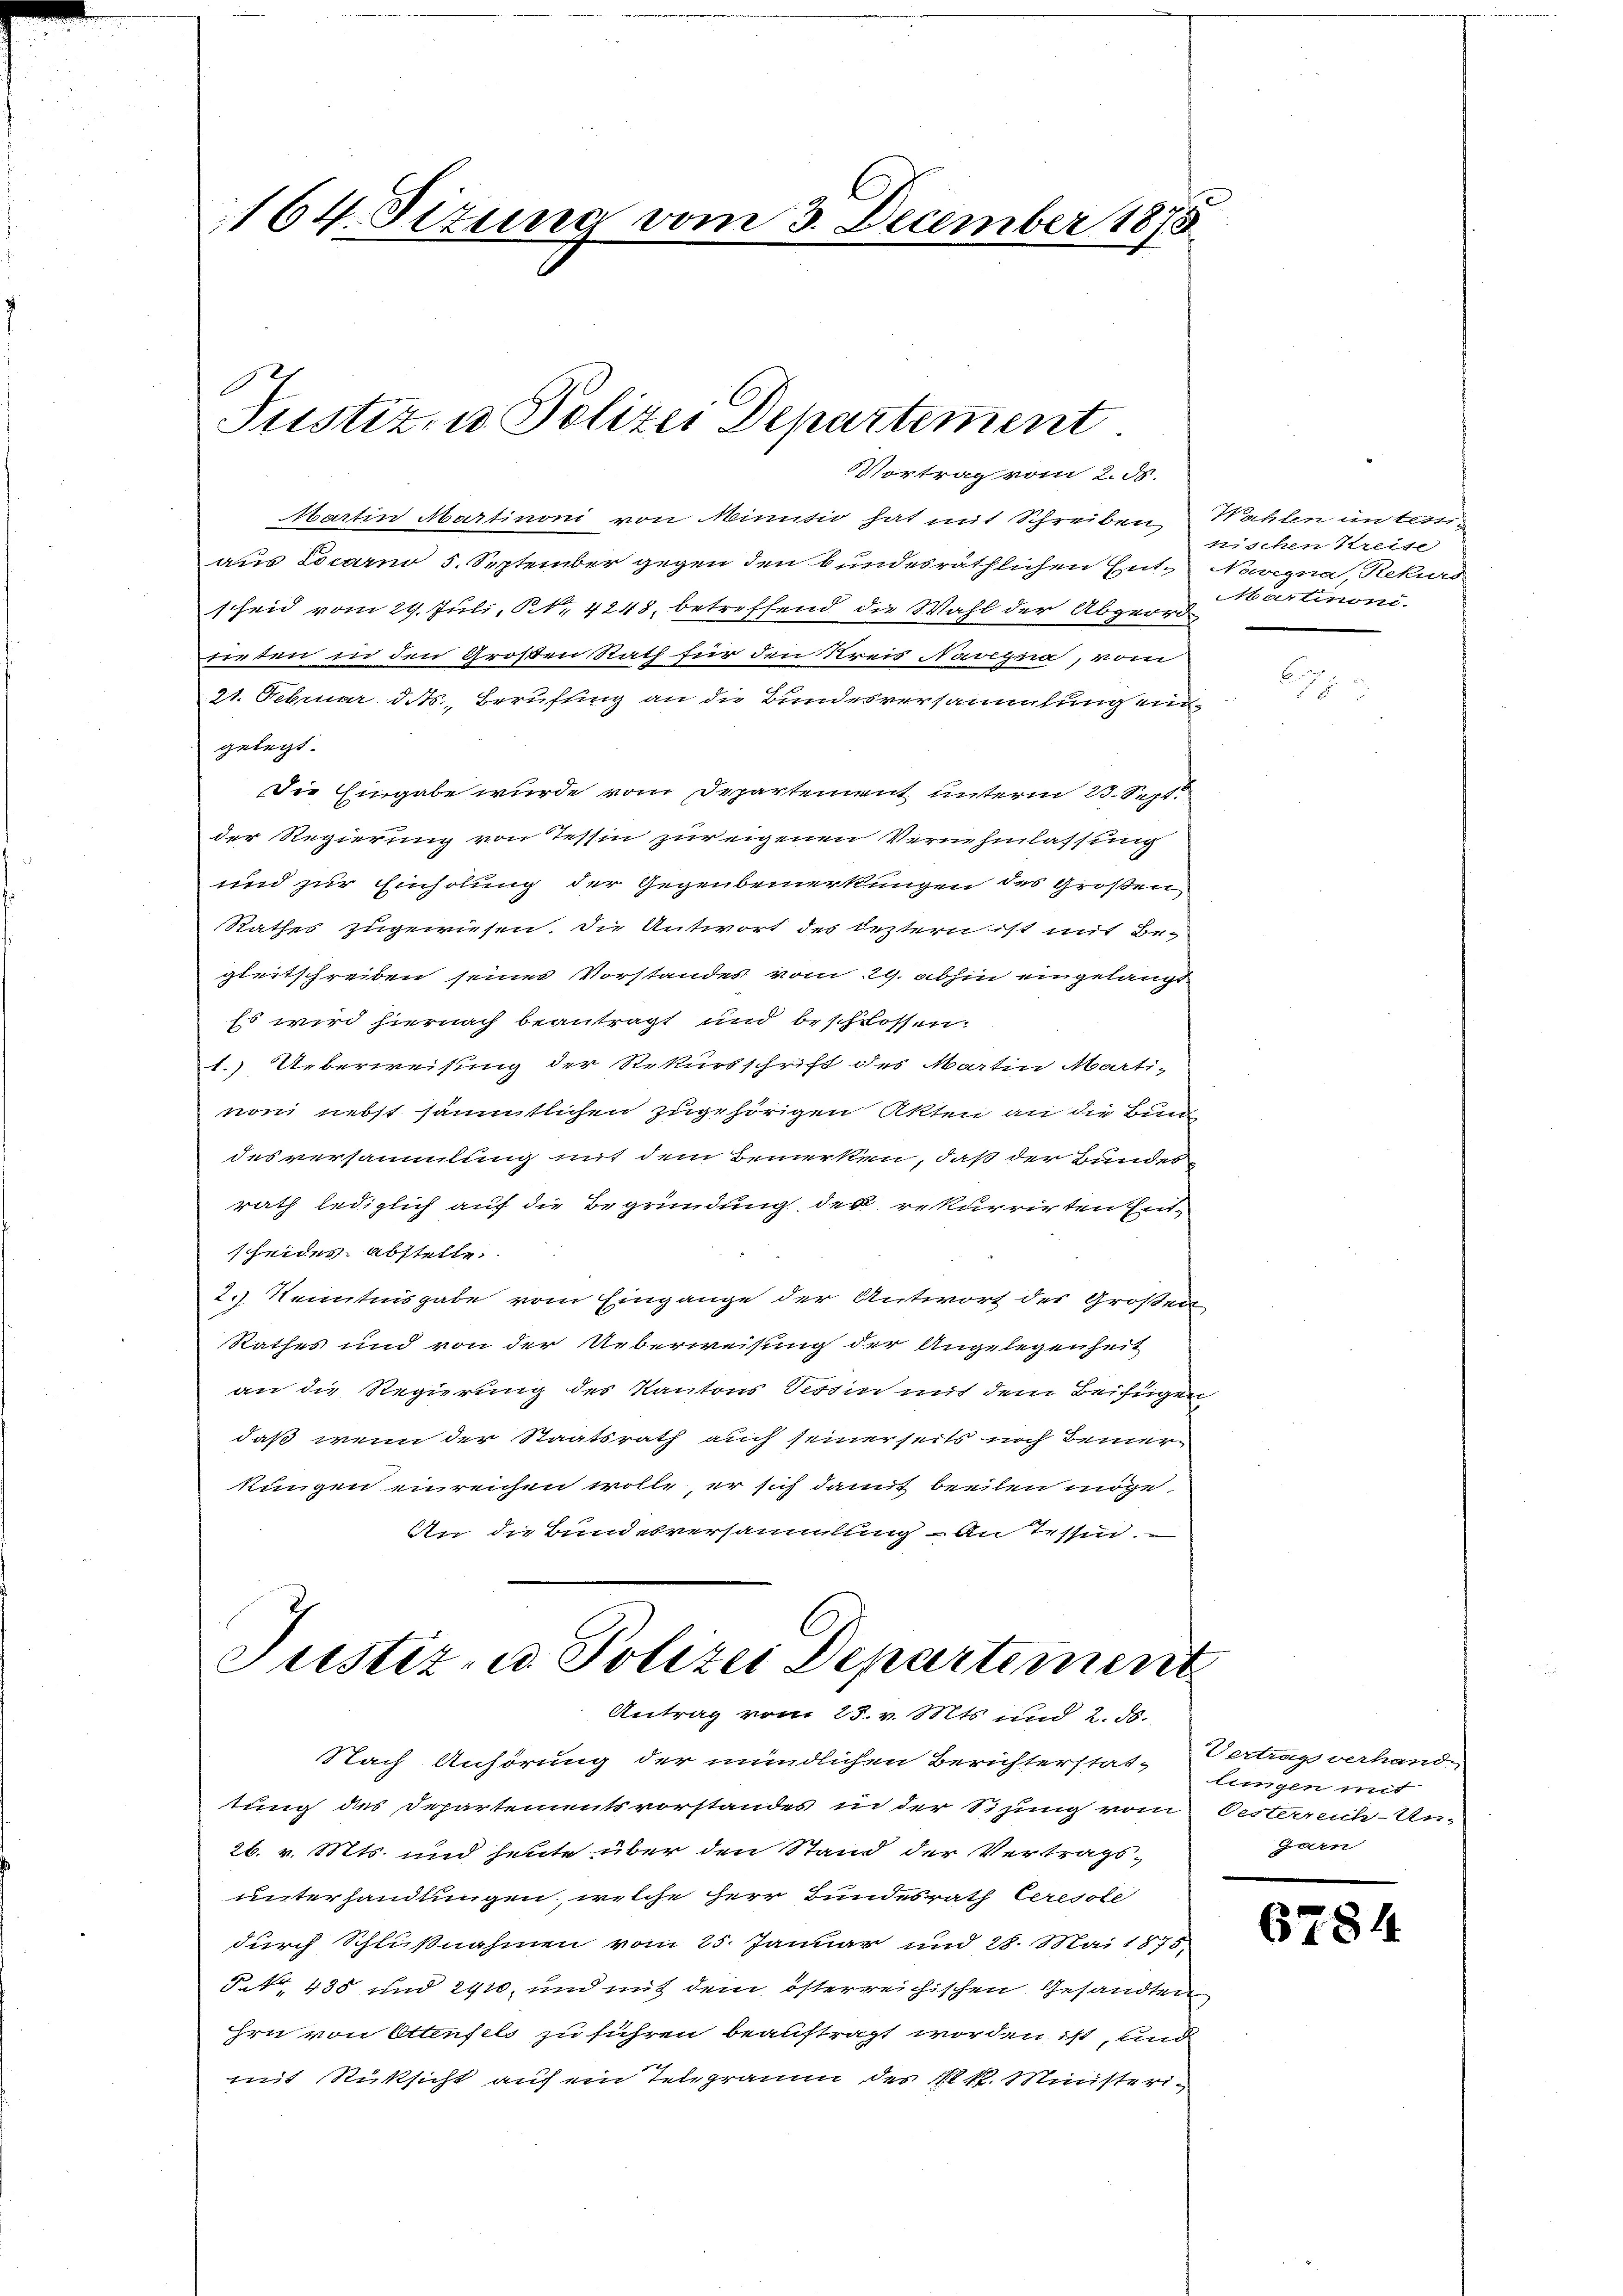
164. Situng vom 3. December 1875

Justiz- u. Polizei Departement
Vortrag vom 2. ds.

Martin Martinoni von Minutio hat mit Schreiben. Wahlen in testiaus Locarno 5. September gegen den bundesräthlichen Ent- Navegna, Rekurs
scheid vom 29. Juli, S. 4248, betreffend die Wahl der Abgeordsieten in den Großen Rath für den Kreis Navegna, vom
21. Februar ddts. Berufung an die Bundesversammlung ei
gelegt.
Die Eingabe wurde vom Departement unterm 23. Sept.
der Regierung von Tessin zur eigenen Vernehmlassung
und zur Einholung der Gegenbemerkungen des Großen
Rathes zugewiesen, die Antwort des leztern ist mit Be-
gleitschreiben seiner Vorstandes vom 29. abhin eingelangt
Es wird hiernach beantragt und beschlossen:
1.) Ueberweisung der Rekursschrift des Martin Marti-
vom nebst sämmtlichen zugehörigen Akten an die Bundes versammlung mit dem Bemerken, daß der Bundes
rath lediglich auf die Begründung der rekurrirten Entscheides Abstelle.
2.) Kenntnisgabe vom Eingange der Antwort des Großen
Rathes und von der Ueberweisung der Angelegenheit
an die Regierung des Kantons Tessin mit dem Beifügen
daß wenn der Staatsrath auch seinerseits noch einer
kungen einreichen wolle, er sich damit beeilen möge,
An die Bundesversammlung - An Tessin.
Justiz- u. Polizei Departement

Antrag vom 25. v. Mts. und 2. 58.

Nach Anhörung der mündlichen Berichterstat- lungen mit
tung des Departementsvorstandes in der Sitzung vom
26. v. Mts. und heute über den Stand der Vertrags-
unterhandlungen, welche Herr Bundesrath Ceresole
durch Schlußnahmen vom 25. Januar und 28. Mai 1875.
NNo. 435 und 2410, und mit dem österreichischen Gesandten
hrn von Ottenfels zu führen beauftragt worden ist, und
mit Rüksicht auf ein Telegraum des 1 k. Ministeri¬

nischen Kreise
Martinoni.

Vertrags verhand
Pesterreich-Ur-
Garn

67.

14.